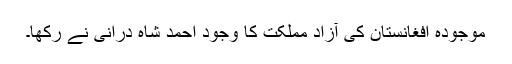
موجودہ افغانستان کی آزاد مملکت کا وجود احمد شاہ درانی نے رکھا۔